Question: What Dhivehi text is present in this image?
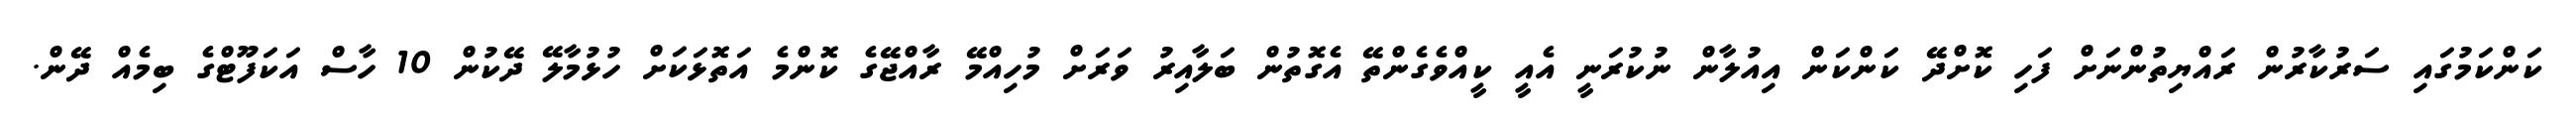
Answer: ކަންކަމުގައި ސަރުކާރުން ރައްޔިތުންނަށް ފަހި ކޮށްދޭ ކަންކަން އިއުލާން ނުކުރަނީ އެއީ ކީއްވެގެންތޭ އެގޮތުން ބަލާއިރު ވަރަށް މުހިއްމޭ ރާއްޖޭގެ ކޮންމެ އަތޮޅަކަށް ހުޅުމާލޭ ދޭކުން 10 ހާސް އަކަފޫޓްގެ ބިމެއް ދޭން.